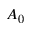
A _ { 0 }